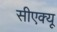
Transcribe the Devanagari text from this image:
सीएक्यू